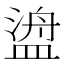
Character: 𬐯